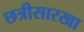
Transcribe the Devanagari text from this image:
छत्रीसारखा